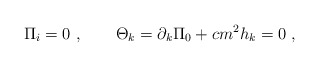
\begin{align*}\Pi _{i}=0\ ,\qquad \Theta _{k}=\partial _{k}\Pi _{0}+cm^{2}h_{k}=0\ ,\end{align*}